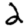
Digit: 2